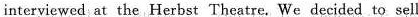
interviewed at the Herbst Theatre. We decided to sell